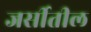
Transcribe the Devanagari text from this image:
जर्सीतील